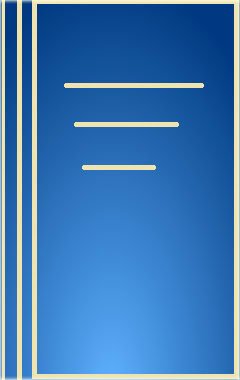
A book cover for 5-Hydroxytryptamine Mechanisms in Primary Headaches (Frontiers in Headache Research, Volume 2); Health, Fitness & Dieting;